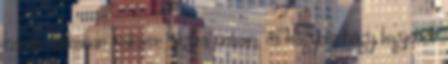
kisebb tálkában wakame algára öntöm, és hagyom hagy legyenek